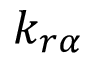
k _ { r \alpha }